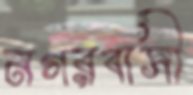
নগরবাসী